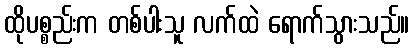
ထိုပစ္စည်းက တစ်ပါးသူ လက်ထဲ ရောက်သွားသည်။